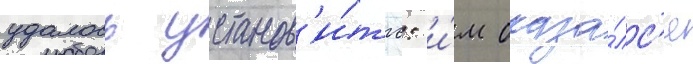
удалось установ'и́ть: и́м оказа́лс'я